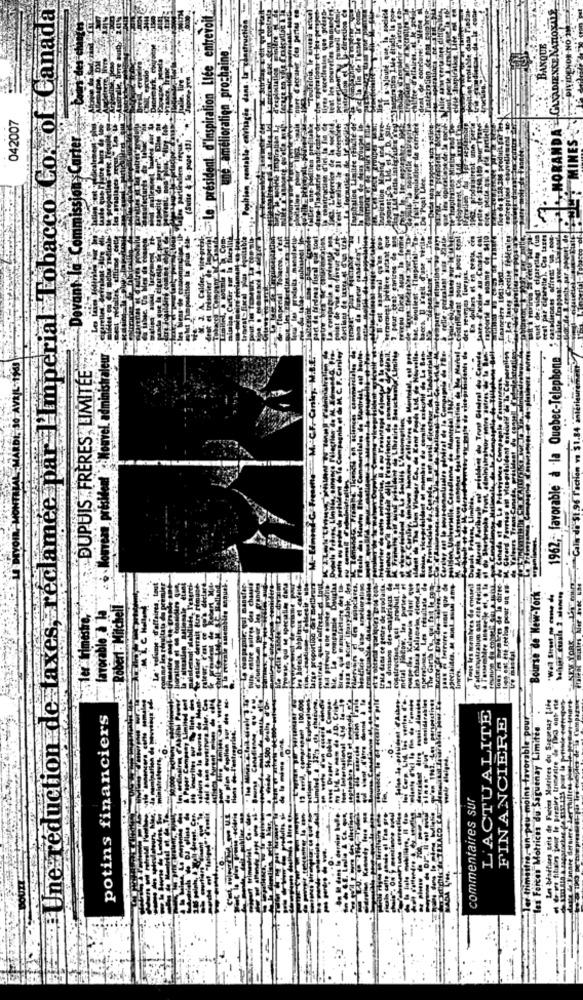
par I Imperial Lobacco Cox of Canada
Le président d'inspiration Llee entrevoit .:
NORANDA - GLADIENCE NATIONALE
PIYADENOS NO 200
BANQUE
Laine
une. amelioration pro
Position, contable: cavisagte dans
042007
Commission Carter
(Suite 4
Devant la
Peur
Nouvel administraleur
Ülmitte
1962, favorable à -la Quebec-Telephone
DUPUIS . FRERES, LIMITEE
de wice j
Calm da St.96 l'action vi $1.84
amee
Eréduction de faxes rec
elend,
conseil
Bourse de New-York
Robert . Mitchell
"Well Street no come da
favorable à la"
imestre
EW YORK
The Gar
lince
23 Etla de Fazer Matrices du Sacsenay Life
ont ete
L'ACTUALITE
potins financiers
FINANCIERE
moins-favorable pour
Motrices du Saguenay Limitee
commentaires sur
Une
Fore